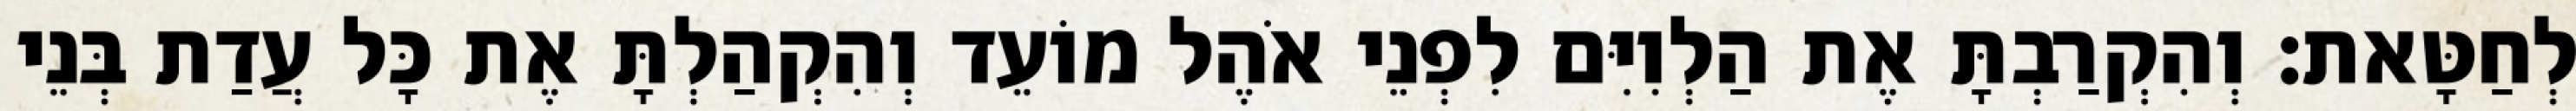
לְחַטָּאת׃ וְהִקְרַבְתָּ אֶת הַלְוִיִּם לִפְנֵי אֹהֶל מוֹעֵד וְהִקְהַלְתָּ אֶת כָּל עֲדַת בְּנֵי